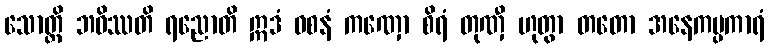
သောတ္ထိ ဘဝိဿတိ ရညောတိ ဣဒံ ဝစနံ ကဏှော စိရံ တုဏှီ ဟုတွာ တတော အနေကပ္ပကာရံ